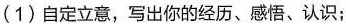
(1)自定立意，写出你的经历、感悟、认识；